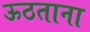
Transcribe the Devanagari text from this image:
ऊठताना